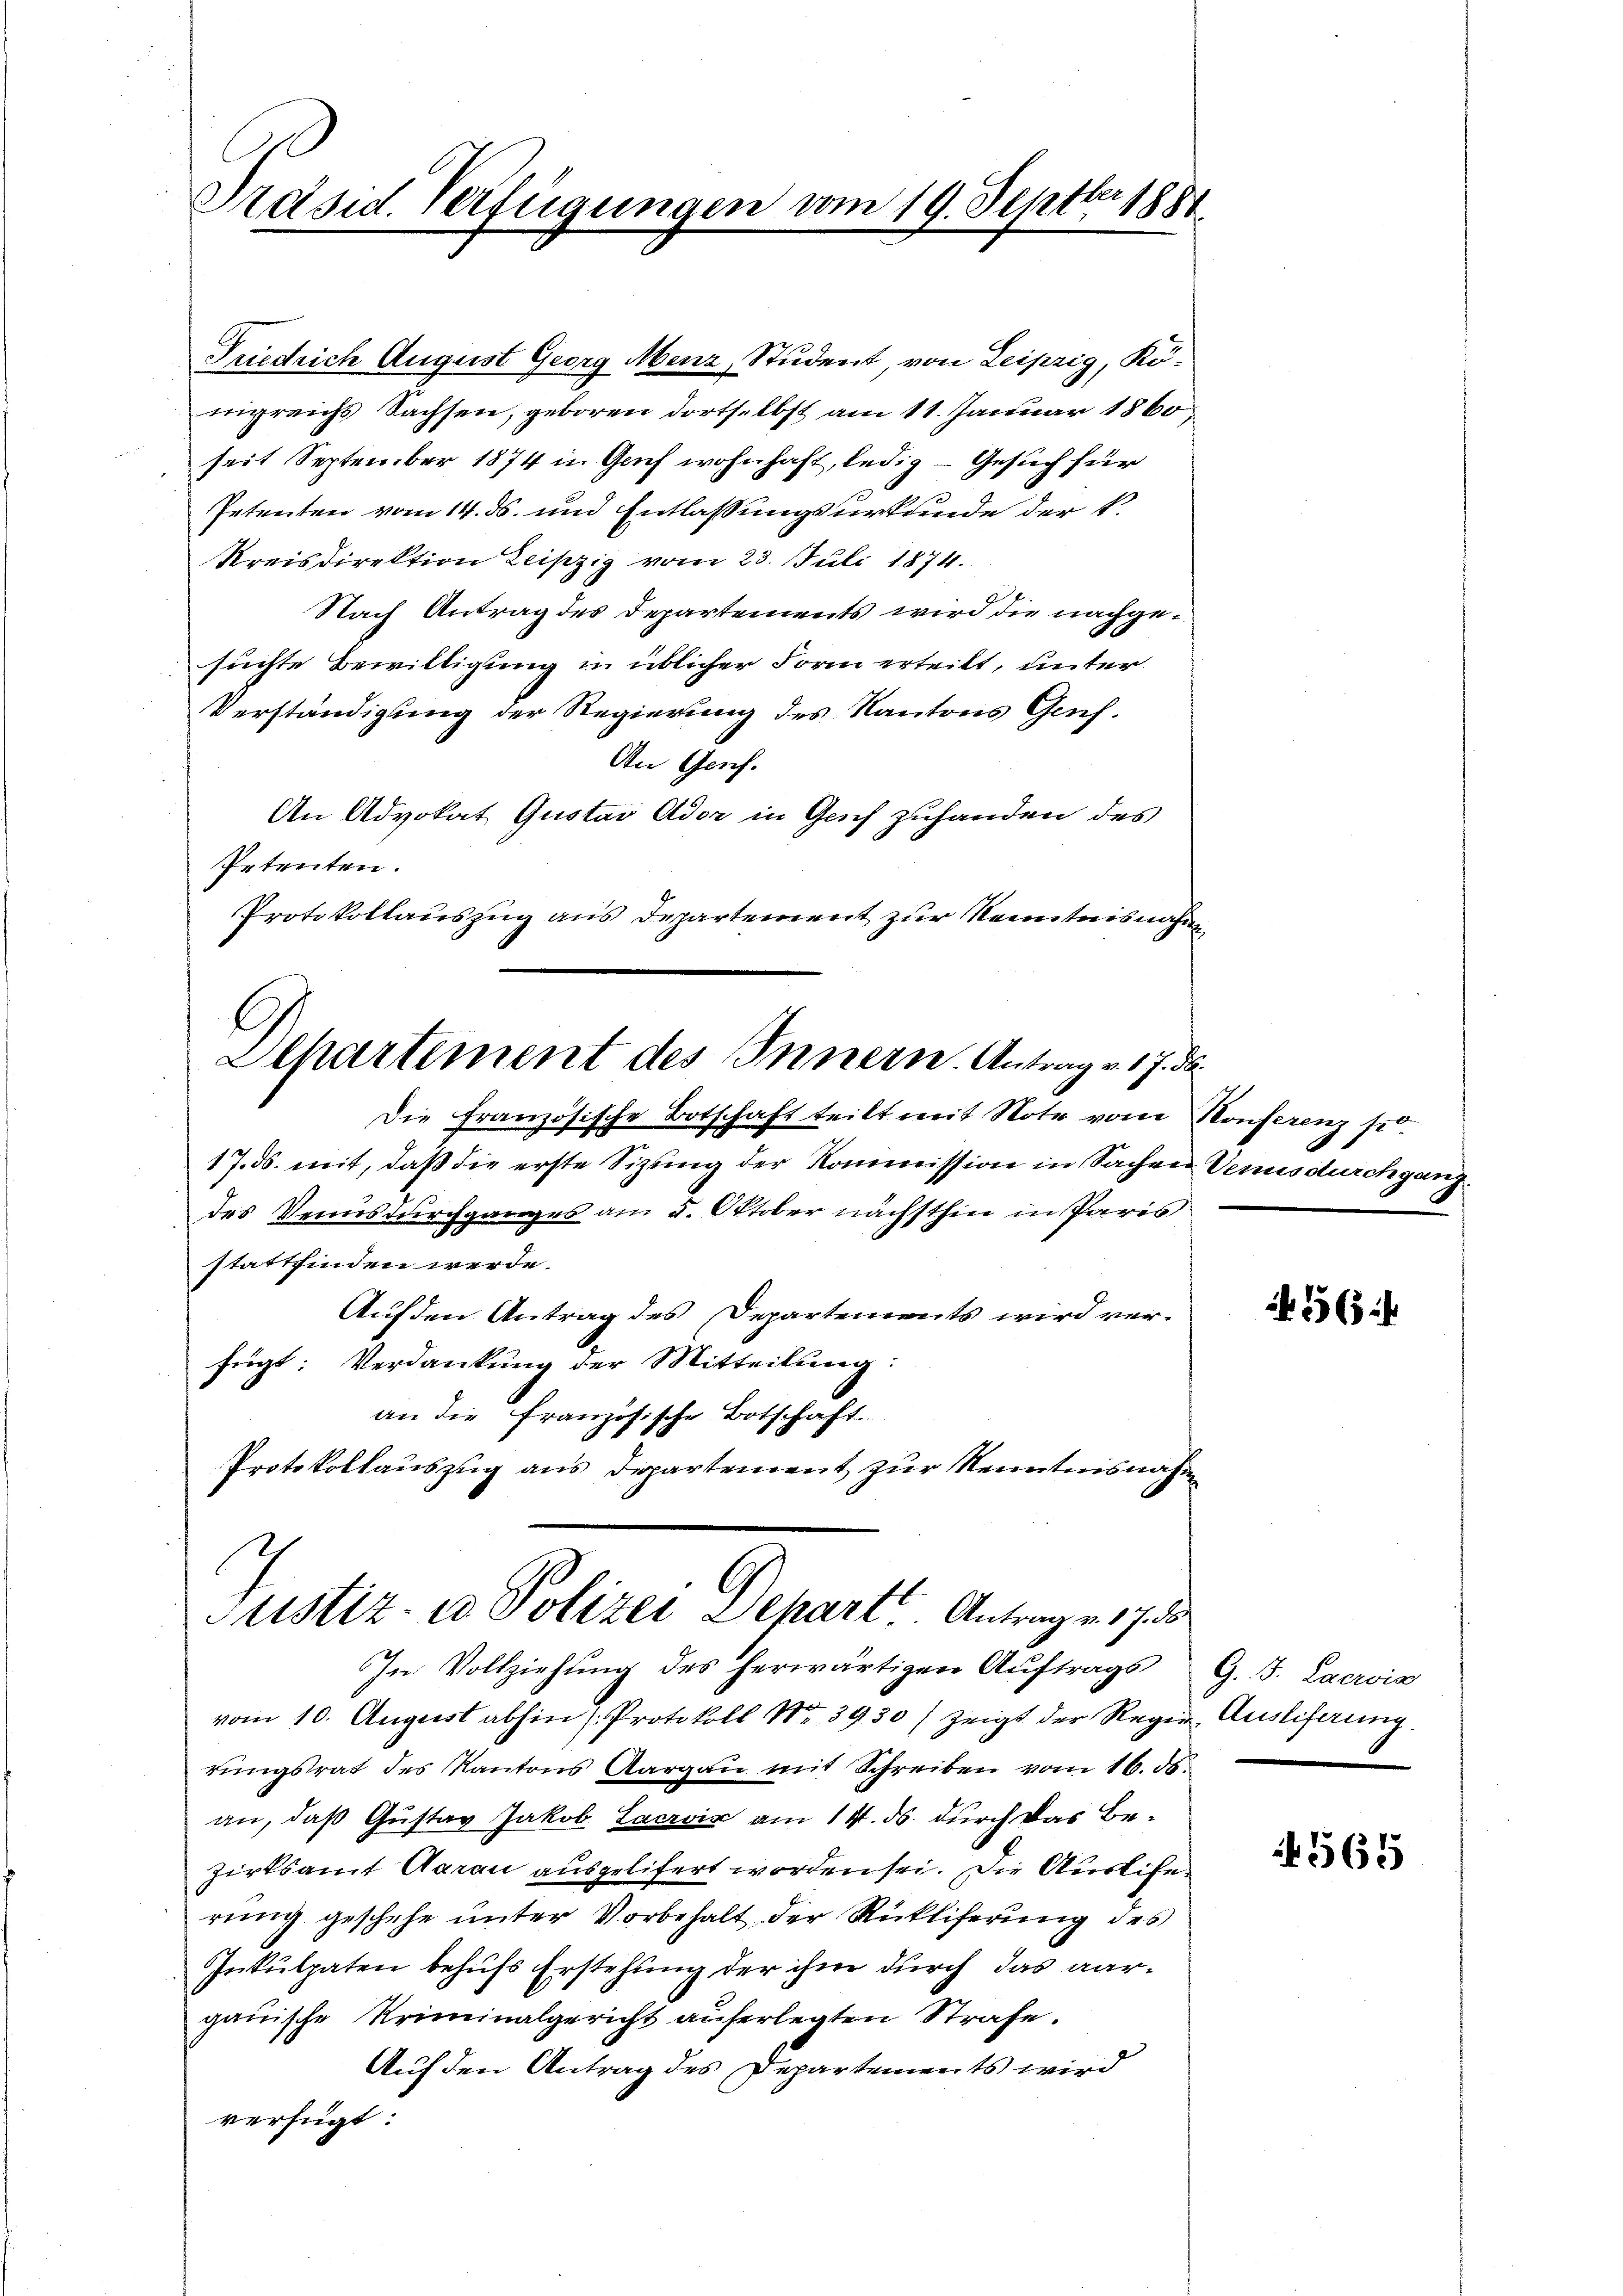
Präsid. Verfügungen vom 19. Septbr 1881

Friedrich August Georg Menz, Student, von Leipzig, Königreichs Sachsen, geboren dortselbst am 11. Januar 1860
seit September 1874 in Gach wohnhaft, ledig - Gesuch für
Petenten vom 14. ds. und Entlassungsurkunde der k.
Kreisdirektion Leipzig vom 23. Juli 1874.
Nach Antrag des Departements wird die nachgesuchte Bewilligung in üblicher Form erteilt, unter
Verständigung der Regierung des Kantons Ges.
An Genf.
An Advokat Gustav Ador in Gech zuhanden des
Petenten.
Protokollauszug aus Departement zur Kenntnisnahmen
Departement des Innern. Antrag v. 17. d.
Die Französische Botschaft teilt mit Note vom Konferenz st
17. ds. mit, daß die erste Sitzung der Kommission in Sachen Venis durchgang
des Venns durchganges am 5. Oktober nächsthin in Paris
stattfinden werde.
Auf den Antrag des Departements wird ver-
fügt: Verdankung der Mitteilung:
an die französische Botschaft.
Protokollauszug aus Departement zur Kenntnisnahm
.
Justiz- u Polizei Depart Antrag v. 17. d.

In Vollziehung des herwärtigen Auftrags¬

vom 10. August abhin (Protokoll Nr. 3930) zeigt der Regen Ausliferung.
rungsrat des Kantons Aargau mit Schreiben vom 16. ds.
an, daß Gustav Jakob Lacrois am 14. ds. durch das Bezirksamt Aarau ausgelifert worden sei. Die Auslife
rung geschehe unter Vorbehalt der Rückliferung des
Inkulpaten behufs Erstehung der ihm durch das aargauische Kriminalgericht auferlegten Strafe.
Auf den Antrag des Departements wird
verfügt:

56

G. J. Lacrois

565